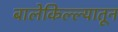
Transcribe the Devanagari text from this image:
बालेकिल्ल्यातून